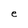
Character: e